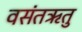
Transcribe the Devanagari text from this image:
वसंतऋतु